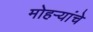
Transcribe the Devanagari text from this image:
मोहऱ्यांचे